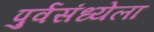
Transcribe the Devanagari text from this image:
पुर्वसंध्येला